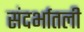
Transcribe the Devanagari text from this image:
संदर्भातली